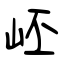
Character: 岯